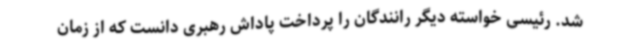
شد. رئیسی خواسته دیگر رانندگان را پرداخت پاداش رهبری دانست که از زمان